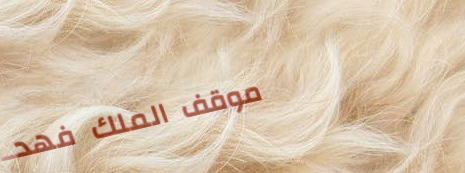
موقف الملك فهد